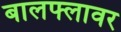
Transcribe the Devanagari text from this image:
बालफ्लावर